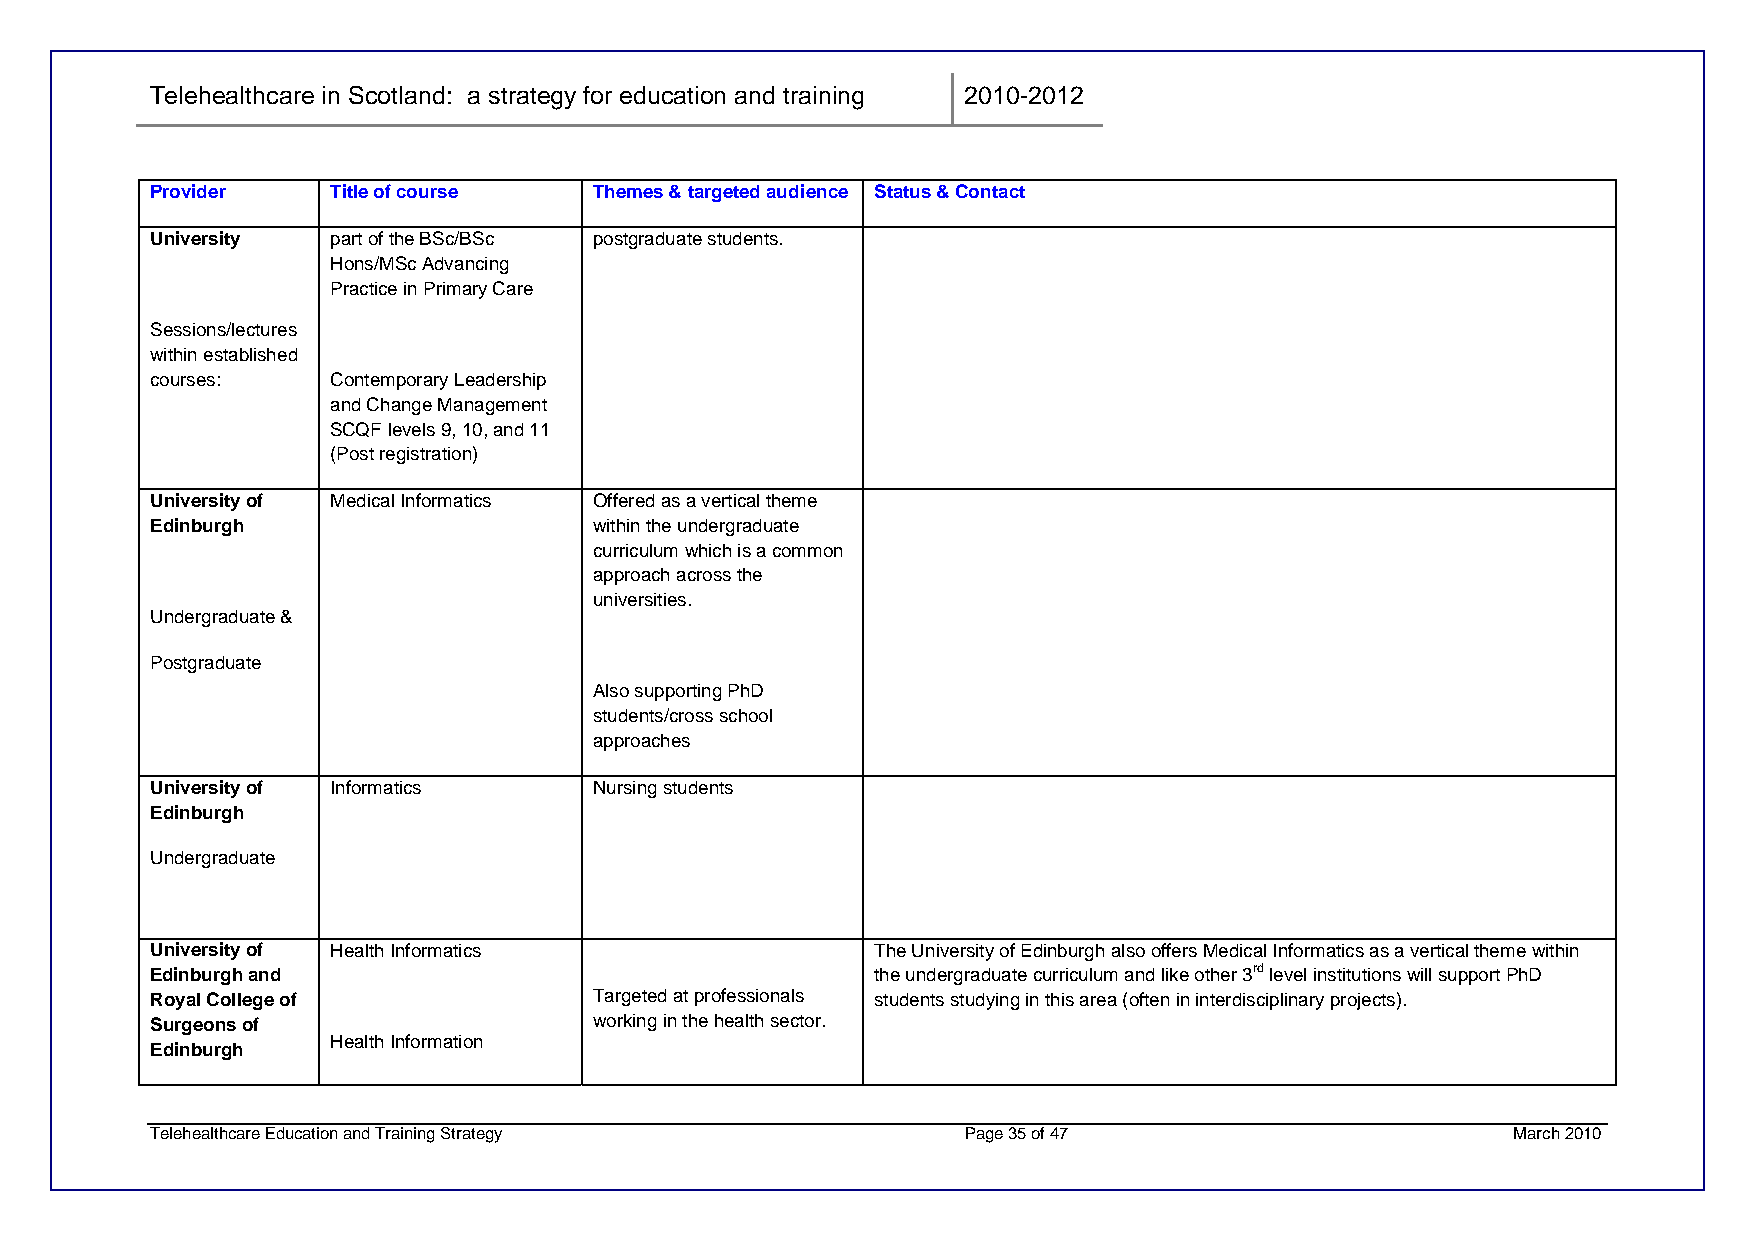
Telehealthcare in Scotland: a strategy for education and training 2010-2012
 Provider    Title of course  Themes & targeted audience Status & Contact
 University  part of the BSc/BSc postgraduate students.
 Hons/MSc Advancing
 Practice in Primary Care
 Sessions/lectures
 within established
 courses:    Contemporary Leadership
 and Change Management
 SCQF levels 9, 10, and 11
 (Post registration)
 University of Medical Informatics Offered as a vertical theme
 Edinburgh                    within the undergraduate
 curriculum which is a common
 approach across the
 universities.
 Undergraduate &
 Postgraduate
 Also supporting PhD
 students/cross school
 approaches
 University of Informatics    Nursing students
 Edinburgh
 Undergraduate
 University of Health Informatics                The University of Edinburgh also offers Medical Informatics as a vertical theme within
 Edinburgh and                                   the undergraduate curriculum and like other 3rd level institutions will support PhD
 Royal College of             Targeted at professionals students studying in this area (often in interdisciplinary projects).
 Surgeons of                  working in the health sector.
 Health Information
 Edinburgh
 Telehealthcare Education and Training Strategy        Page 35 of 47                       March 2010